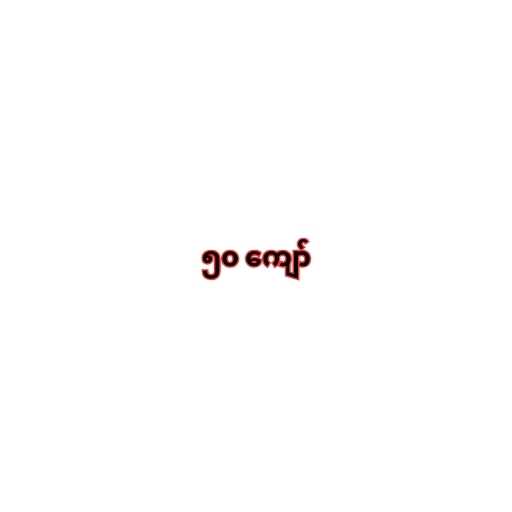
၅၀ ကျော်